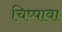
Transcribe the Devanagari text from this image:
चिप्पावा